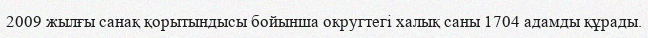
2009 жылғы санақ қорытындысы бойынша округтегі халық саны 1704 адамды құрады.